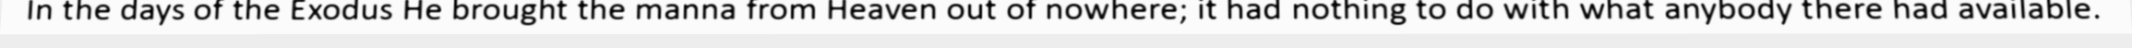
In the days of the Exodus He brought the manna from Heaven out of nowhere; it had nothing to do with what anybody there had available.